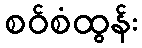
စဝ်စံထွန်း